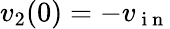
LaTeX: v_{2}(0)=-v_{\mathrm{~i~n~}}